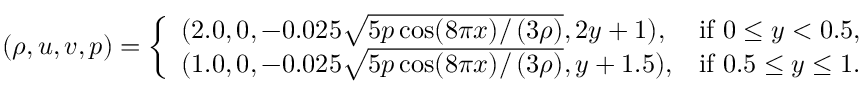
( \rho , u , v , p ) = \left\{ \begin{array} { l l } { ( 2 . 0 , 0 , - 0 . 0 2 5 \sqrt { 5 p \cos ( 8 \pi x ) / \left( 3 \rho \right) } , 2 y + 1 ) , } & { \mathrm { i f ~ } 0 \leq y < 0 . 5 , } \\ { ( 1 . 0 , 0 , - 0 . 0 2 5 \sqrt { 5 p \cos ( 8 \pi x ) / \left( 3 \rho \right) } , y + 1 . 5 ) , } & { \mathrm { i f ~ } 0 . 5 \leq y \leq 1 . } \end{array} \right.